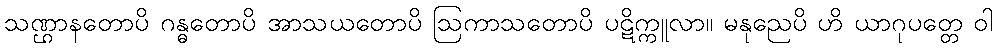
သဏ္ဌာနတောပိ ဂန္ဓတောပိ အာသယတောပိ ဩကာသတောပိ ပဋိက္ကူလာ။ မနုညေပိ ဟိ ယာဂုပတ္တေ ဝါ